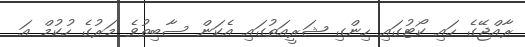
ރާއްޖޭގެ ހައި ކޯޓުގައި ހިންގި ޝަރީއަތުގައި އެކަން ސާބިތުވެ މަރުގެ ހުކުމް އަ